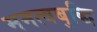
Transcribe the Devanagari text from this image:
ममत्वबुद्धि